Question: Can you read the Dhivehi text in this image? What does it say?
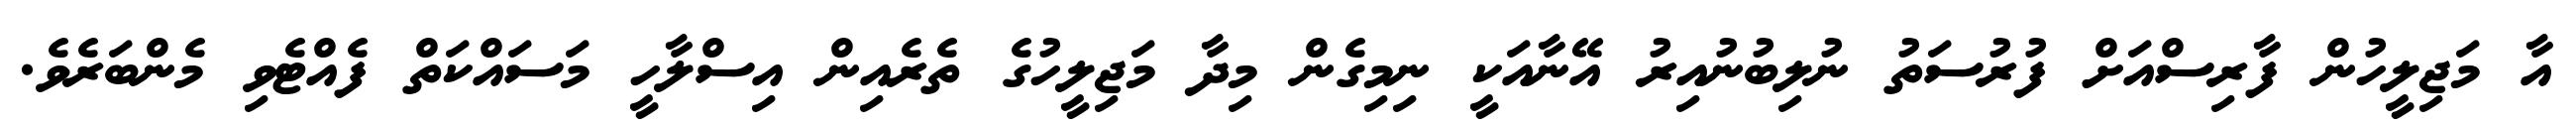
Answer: އާ މަޖިލީހުން ފާރިސްއަށް ފުރުސަތު ނުލިބުނުއިރު އޭނާއަކީ ނިމިގެން މިދާ މަޖިލީހުގެ ތެރެއިން އިސްލާހީ މަސައްކަތް ފެއްޓެވި މެންބަރެވެ.